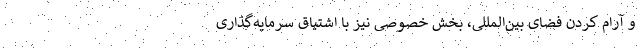
و آرام کردن فضای بین‌المللی، بخش خصوصی نیز با اشتیاق سرمایه‌گذاری